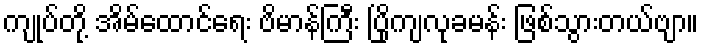
ကျုပ်တို့ အိမ်ထောင်ရေး ဗိမာန်ကြီး ပြိုကျလုခမန်း ဖြစ်သွားတယ်ဗျာ။